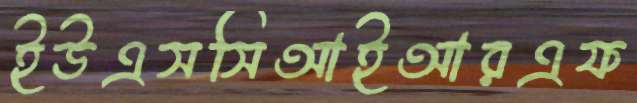
ইউএসসিআইআরএফ